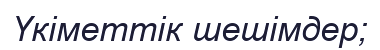
Үкіметтік шешімдер;